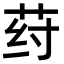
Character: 荮